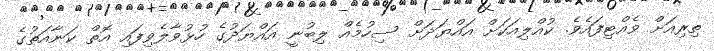
ތިރިއަށް ވެއްޓިފައެވެ. ކުއްލިއަކަށް އައްޔަދަށް ސިހުމެއް ލިބުނީ އައްޔަދުގެ ހުޅުވާލެވިފައި އޮތް ކަނާއަތުގެ